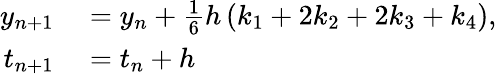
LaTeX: \begin{array}{rl}{y_{n+1}}&{{}=y_{n}+{\frac{1}{6}}h\left(k_{1}+2k_{2}+2k_{3}+k_{4}\right),}\\ {t_{n+1}}&{{}=t_{n}+h}\end{array}